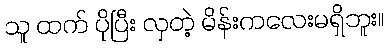
သူ ထက် ပိုပြီး လှတဲ့ မိန်းကလေးမရှိဘူး။